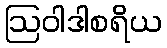
ဩဝါဒါစရိယ